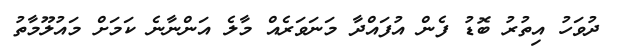
ދުވަހު އިތުރު ބޮޑު ފެން އުފައްދާ މަނަވަރެއް މާލެ އަންނާނެ ކަމަށް މައުލޫމާތު